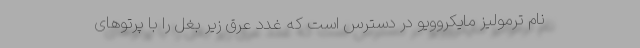
نام ترمولیز مایکروویو در دسترس است که غدد عرق زیر بغل را با پرتوهای